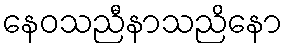
နေဝသညီနာသညိနော